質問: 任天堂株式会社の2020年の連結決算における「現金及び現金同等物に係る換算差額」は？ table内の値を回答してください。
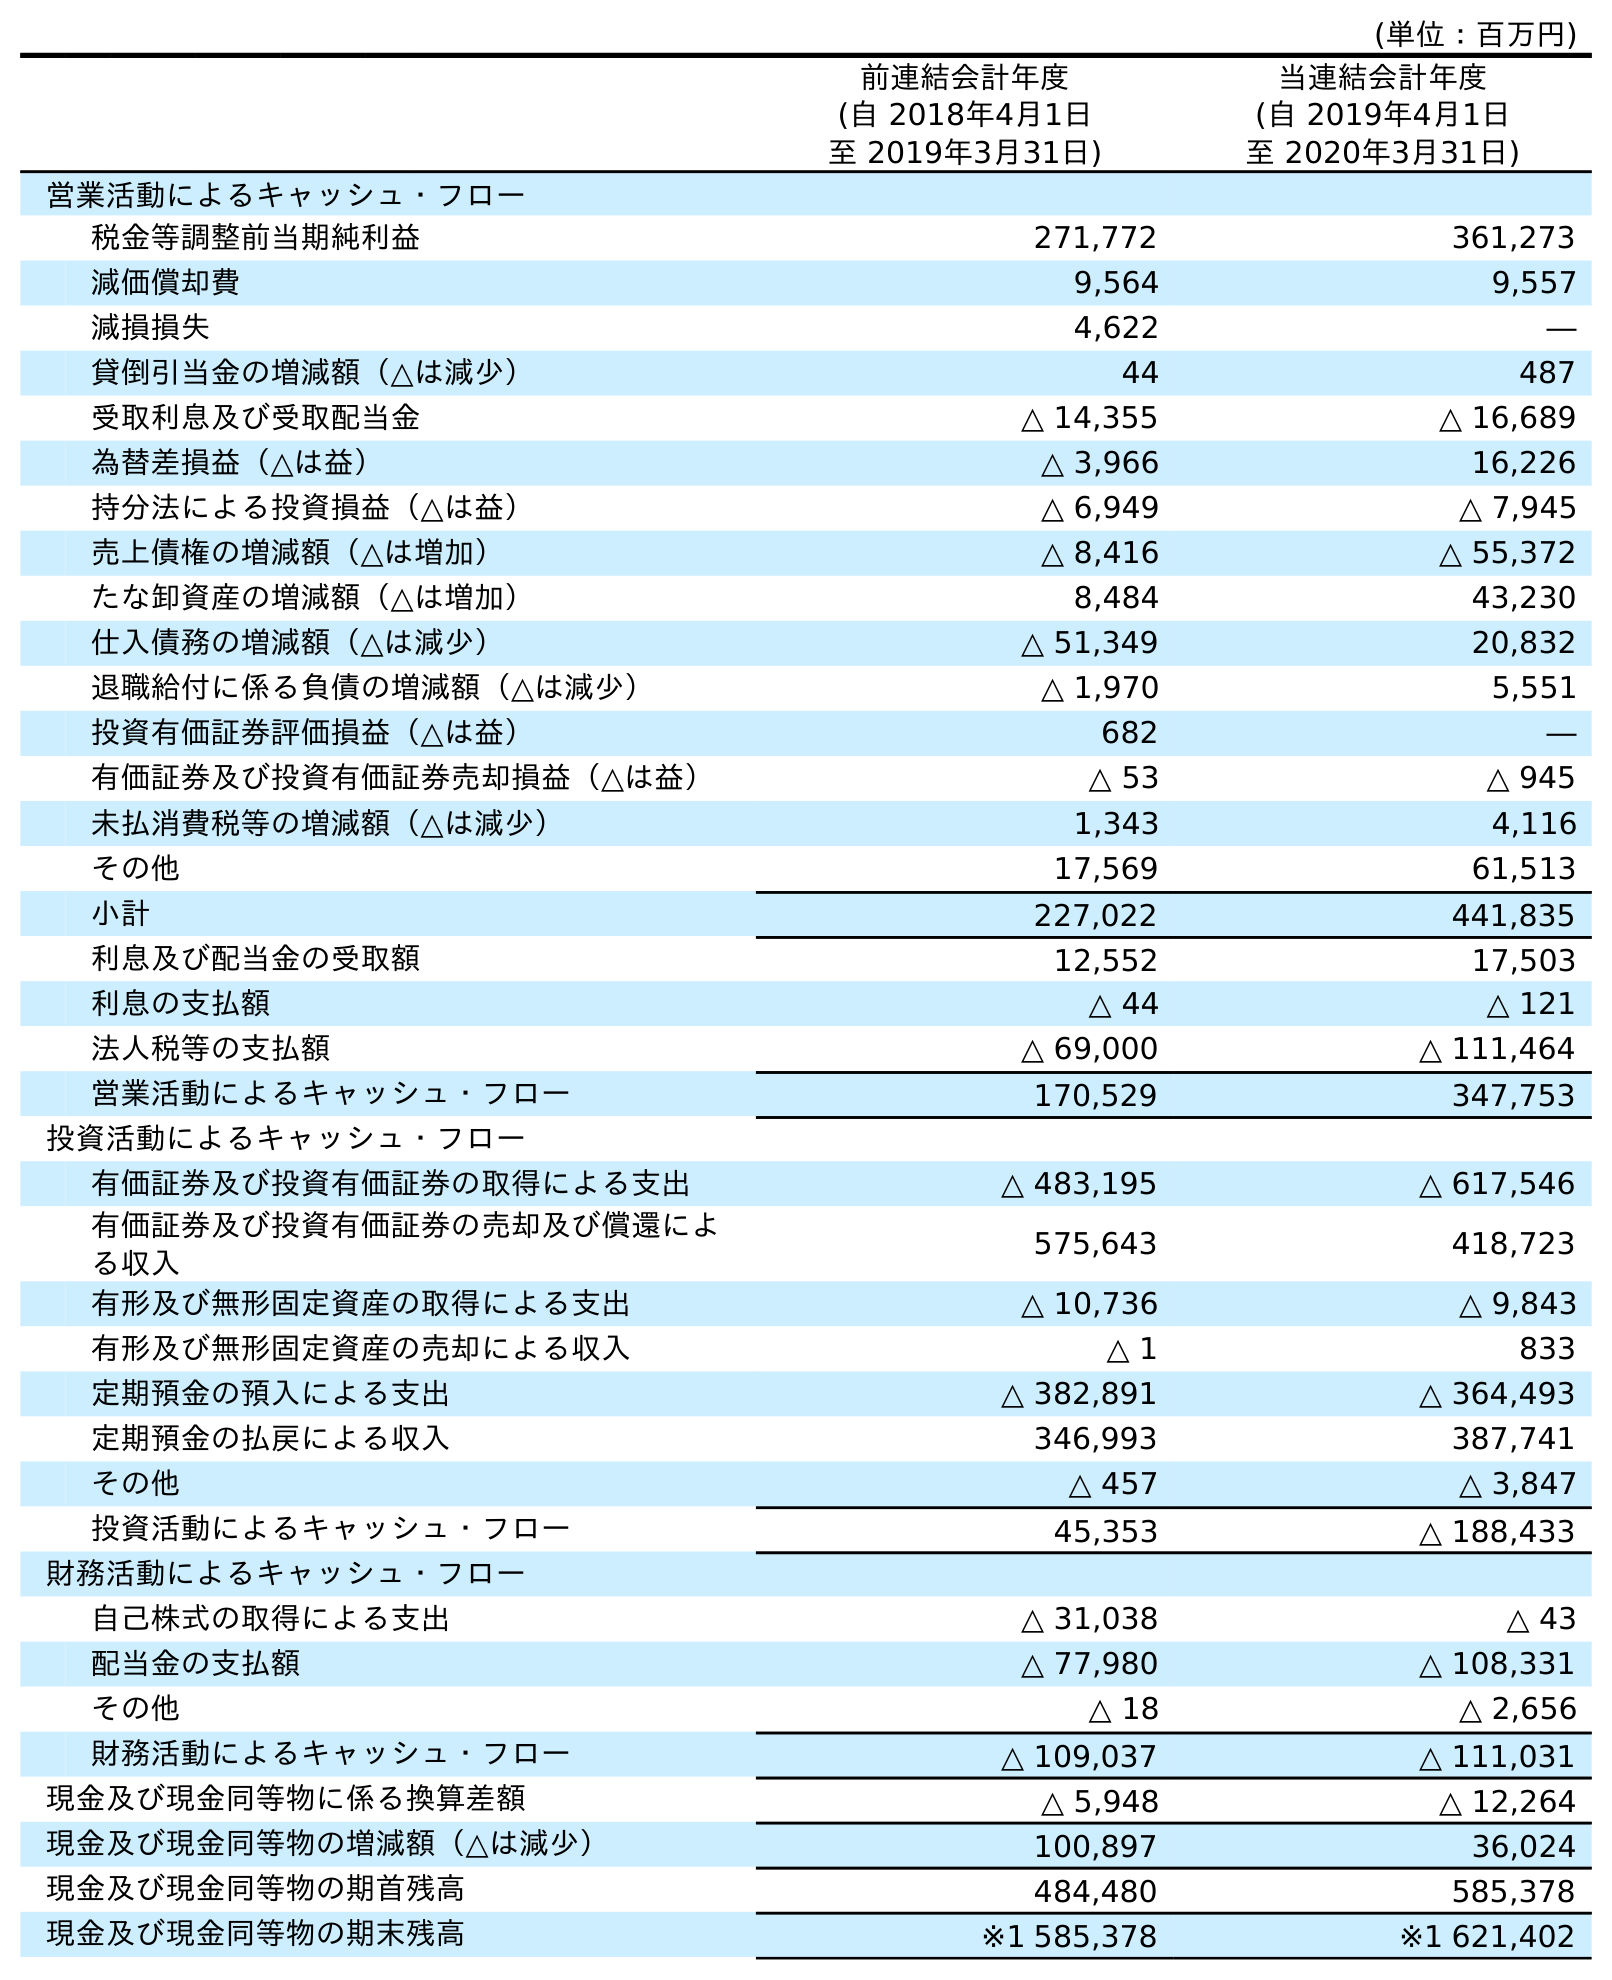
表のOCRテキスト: (単位：百万円) 前連結会計年度 (自 2018年4月1日 至 2019年3月31日) 当連結会計年度 (自 2019年4月1日 至 2020年3月31日) 営業活動によるキャッシュ・フロー 税金等調整前当期純利益 271,772 361,273 減価償却費 9,564 9,557 減損損失 4,622 ― 貸倒引当金の増減額（△は減少） 44 487 受取利息及び受取配当金 △ 14,355 △ 16,689 為替差損益（△は益） △ 3,966 16,226 持分法による投資損益（△は益） △ 6,949 △ 7,945 売上債権の増減額（△は増加） △ 8,416 △ 55,372 たな卸資産の増減額（△は増加） 8,484 43,230 仕入債務の増減額（△は減少） △ 51,349 20,832 退職給付に係る負債の増減額（△は減少） △ 1,970 5,551 投資有価証券評価損益（△は益） 682 ― 有価証券及び投資有価証券売却損益（△は益） △ 53 △ 945 未払消費税等の増減額（△は減少） 1,343 4,116 その他 17,569 61,513 小計 227,022 441,835 利息及び配当金の受取額 12,552 17,503 利息の支払額 △ 44 △ 121 法人税等の支払額 △ 69,000 △ 111,464 営業活動によるキャッシュ・フロー 170,529 347,753 投資活動によるキャッシュ・フロー 有価証券及び投資有価証券の取得による支出 △ 483,195 △ 617,546 有価証券及び投資有価証券の売却及び償還によ る収入 575,643 418,723 有形及び無形固定資産の取得による支出 △ 10,736 △ 9,843 有形及び無形固定資産の売却による収入 △ 1 833 定期預金の預入による支出 △ 382,891 △ 364,493 定期預金の払戻による収入 346,993 387,741 その他 △ 457 △ 3,847 投資活動によるキャッシュ・フロー 45,353 △ 188,433 財務活動によるキャッシュ・フロー 自己株式の取得による支出 △ 31,038 △ 43 配当金の支払額 △ 77,980 △ 108,331 その他 △ 18 △ 2,656 財務活動によるキャッシュ・フロー △ 109,037 △ 111,031 現金及び現金同等物に係る換算差額 △ 5,948 △ 12,264 現金及び現金同等物の増減額（△は減少） 100,897 36,024 現金及び現金同等物の期首残高 484,480 585,378 現金及び現金同等物の期末残高 ※1 585,378 ※1 621,402
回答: △12,264